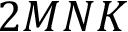
2 M N K